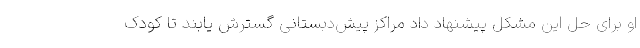
او برای حل این مشکل پیشنهاد داد مراکز پیش‌دبستانی گسترش یابند تا کودک